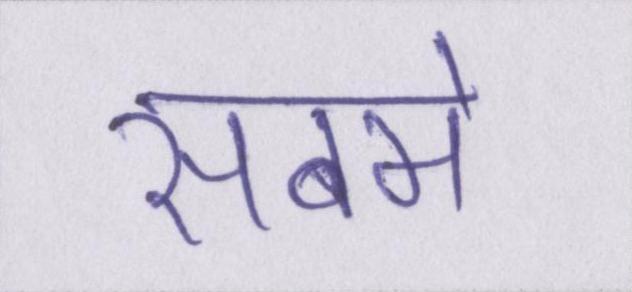
सबमे